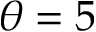
\theta = 5